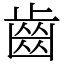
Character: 齒